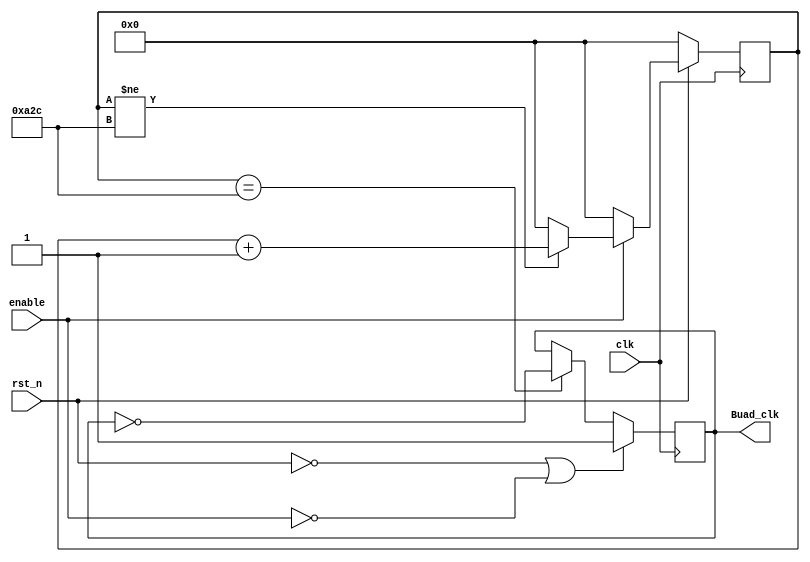
// : FPGA

module BuadRate_set #(
  parameter CLK_Period=50000000,//the unit is Hz
  parameter Buad_Rate=9600 //the unit is bits/s
)(
   input      clk,
   input      rst_n,
   input      enable,
   output     Buad_clk
);

localparam DIV_PEREM=CLK_Period/Buad_Rate/2;
reg[15:0] cnt;

always @( posedge clk )
  if( !rst_n )
    cnt <= 16'b0000;
  else if( enable ) begin
    if( cnt != DIV_PEREM )
      cnt <= cnt+1'b1;	  
    else	  
      cnt <= 16'h0000;
  end
  else
    cnt <= 16'h0000;

reg DIV_clk;

always @( posedge clk )
  if( !rst_n || !enable )
    DIV_clk <= 1'b1;
  else if(cnt==DIV_PEREM)
    DIV_clk <= ~DIV_clk;

assign Buad_clk = DIV_clk;
    
endmodule